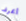
أعرف